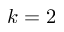
k = 2